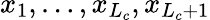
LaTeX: x_{1},\dots,x_{L_{c}},x_{L_{c}+1}